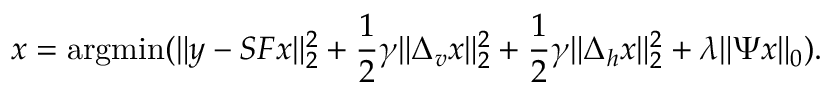
x = \operatorname { a r g m i n } ( \| y - S F x \| _ { 2 } ^ { 2 } + \frac { 1 } { 2 } \gamma \| \Delta _ { v } x \| _ { 2 } ^ { 2 } + \frac { 1 } { 2 } \gamma \| \Delta _ { h } x \| _ { 2 } ^ { 2 } + \lambda \| \Psi x \| _ { 0 } ) .